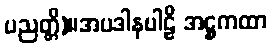
ပညတ္တိ)။အပဒါနပါဠိ အဋ္ဌကထာ